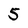
Character: 5